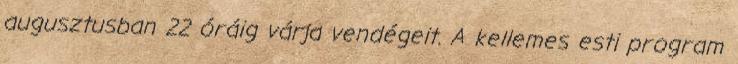
augusztusban 22 óráig várja vendégeit. A kellemes esti program